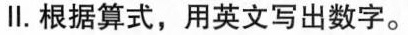
Ⅱ.根据算式,用英文写出数字。